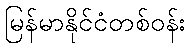
မြန်မာနိုင်ငံတစ်ဝန်း